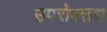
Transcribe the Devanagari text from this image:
उपरोक्तध